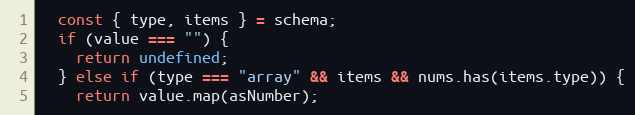
Language: JavaScript
  const { type, items } = schema;
  if (value === "") {
    return undefined;
  } else if (type === "array" && items && nums.has(items.type)) {
    return value.map(asNumber);